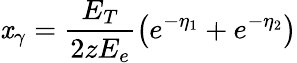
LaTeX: \mathit{x}_{\gamma}=\frac{{E_{T}}}{{2zE_{e}}}\left(e^{-\eta_{1}}+e^{-\eta_{2}}\right)